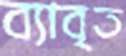
ব্যাবৃত